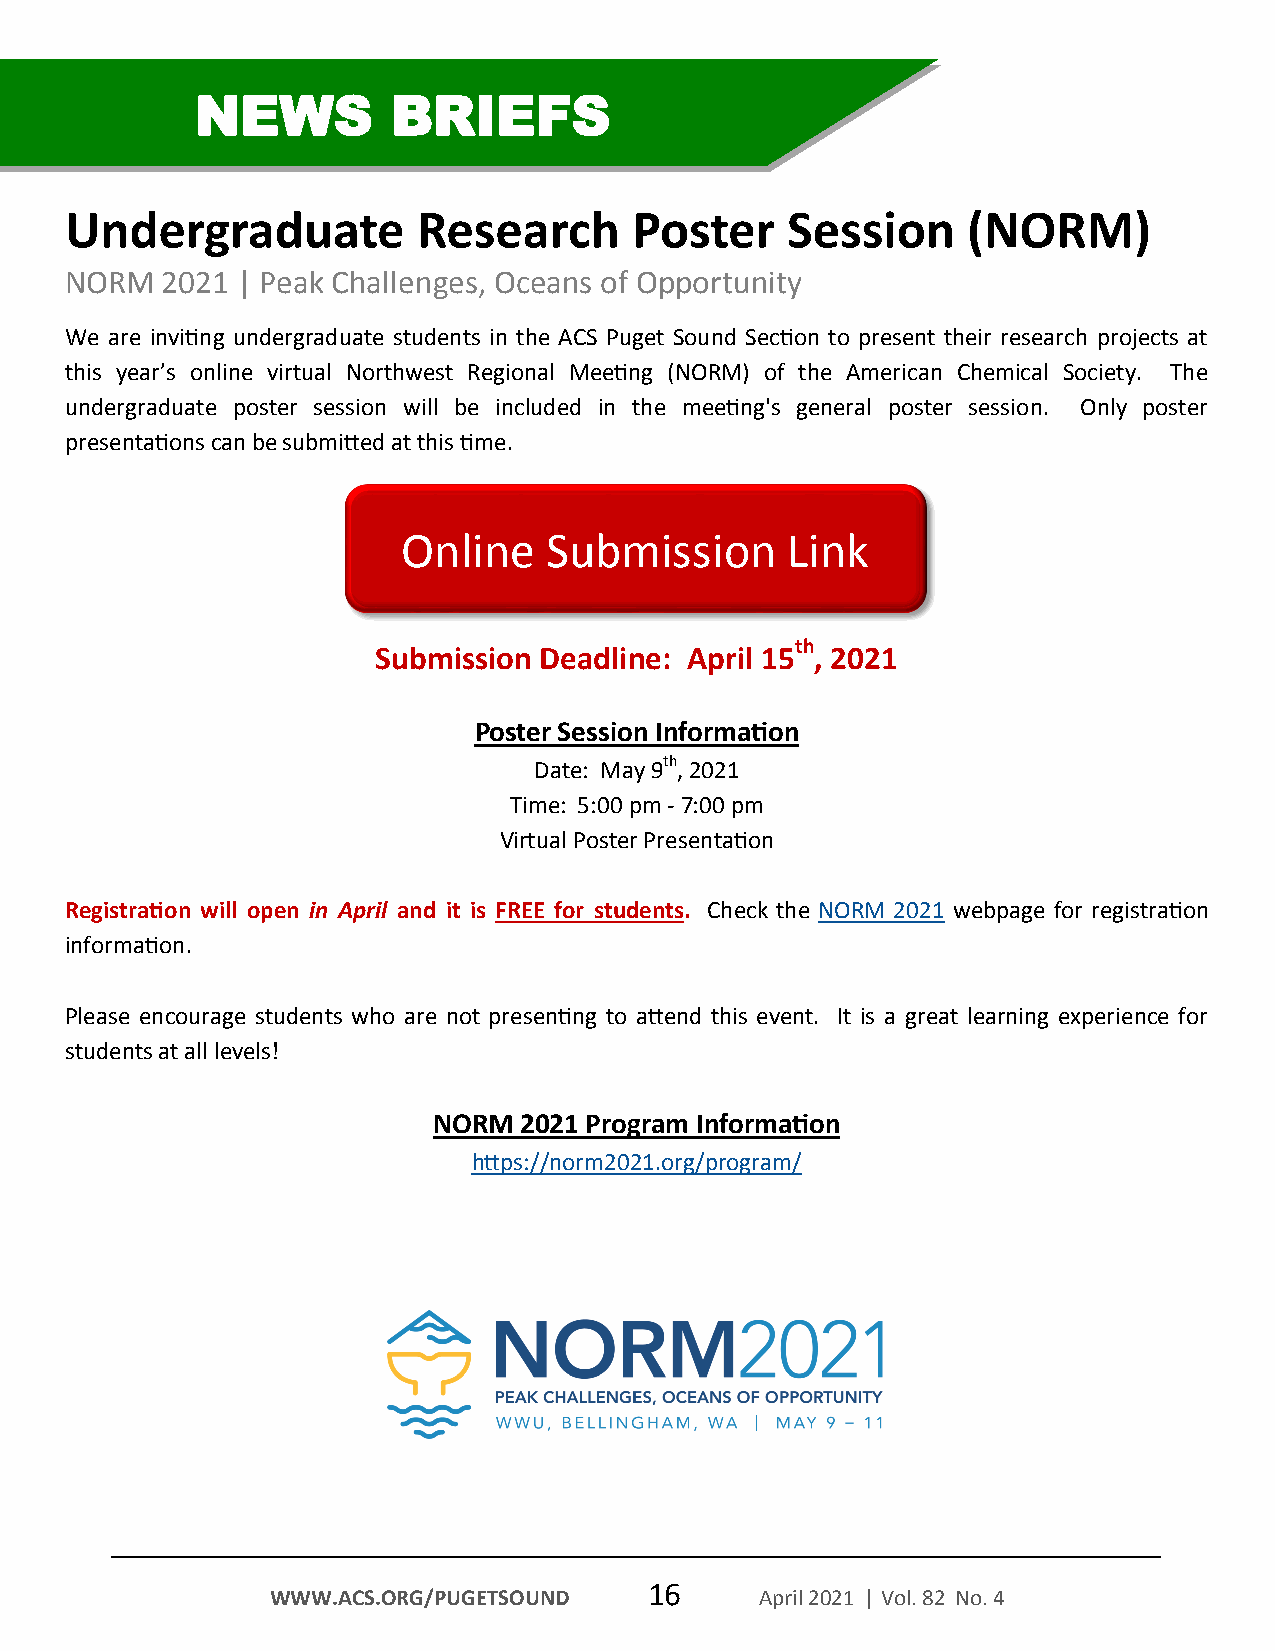
NEWS         BRIEFS
 Undergraduate           Research      Poster    Session     (NORM)
 NORM   2021 | Peak Challenges, Oceans of Opportunity
 We are inviting undergraduate students in the ACS Puget Sound Section to present their research projects at
 this year’s online virtual Northwest Regional Meeting (NORM) of the American Chemical Society. The
 undergraduate poster session will be included in the meeting's general poster session. Only poster
 presentations can be submitted at this time.
 Online   Submission      Link
 th
 Submission Deadline: April 15 , 2021
 Poster Session Information
 Date: May 9th, 2021
 Time: 5:00 pm - 7:00 pm
 Virtual Poster Presentation
 Registration will open in April and it is FREE for students. Check the NORM 2021 webpage for registration
 information.
 Please encourage students who are not presenting to attend this event. It is a great learning experience for
 students at all levels!
 NORM 2021 Program Information
 https://norm2021.org/program/
 16
 WWW.ACS.ORG/PUGETSOUND          April 2021 | Vol. 82 No. 4